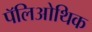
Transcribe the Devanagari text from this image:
पॅलिओथिक